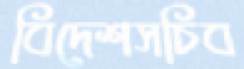
বিদেশসচিব